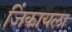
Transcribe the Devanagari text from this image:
जिंकायला